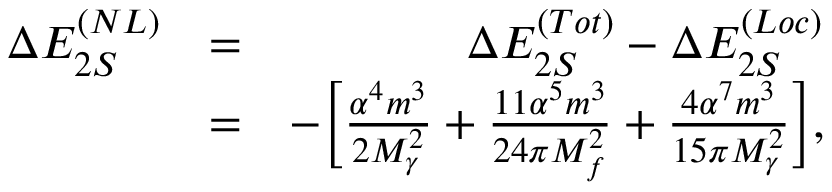
\begin{array} { r l r } { \Delta E _ { 2 S } ^ { ( N L ) } } & { = } & { \Delta E _ { 2 S } ^ { ( T o t ) } - \Delta E _ { 2 S } ^ { ( L o c ) } } \\ & { = } & { - \biggl [ \frac { \alpha ^ { 4 } m ^ { 3 } } { 2 M _ { \gamma } ^ { 2 } } + \frac { 1 1 \alpha ^ { 5 } m ^ { 3 } } { 2 4 \pi M _ { f } ^ { 2 } } + \frac { 4 \alpha ^ { 7 } m ^ { 3 } } { 1 5 \pi M _ { \gamma } ^ { 2 } } \biggr ] , } \end{array}